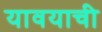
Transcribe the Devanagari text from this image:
यावयाची